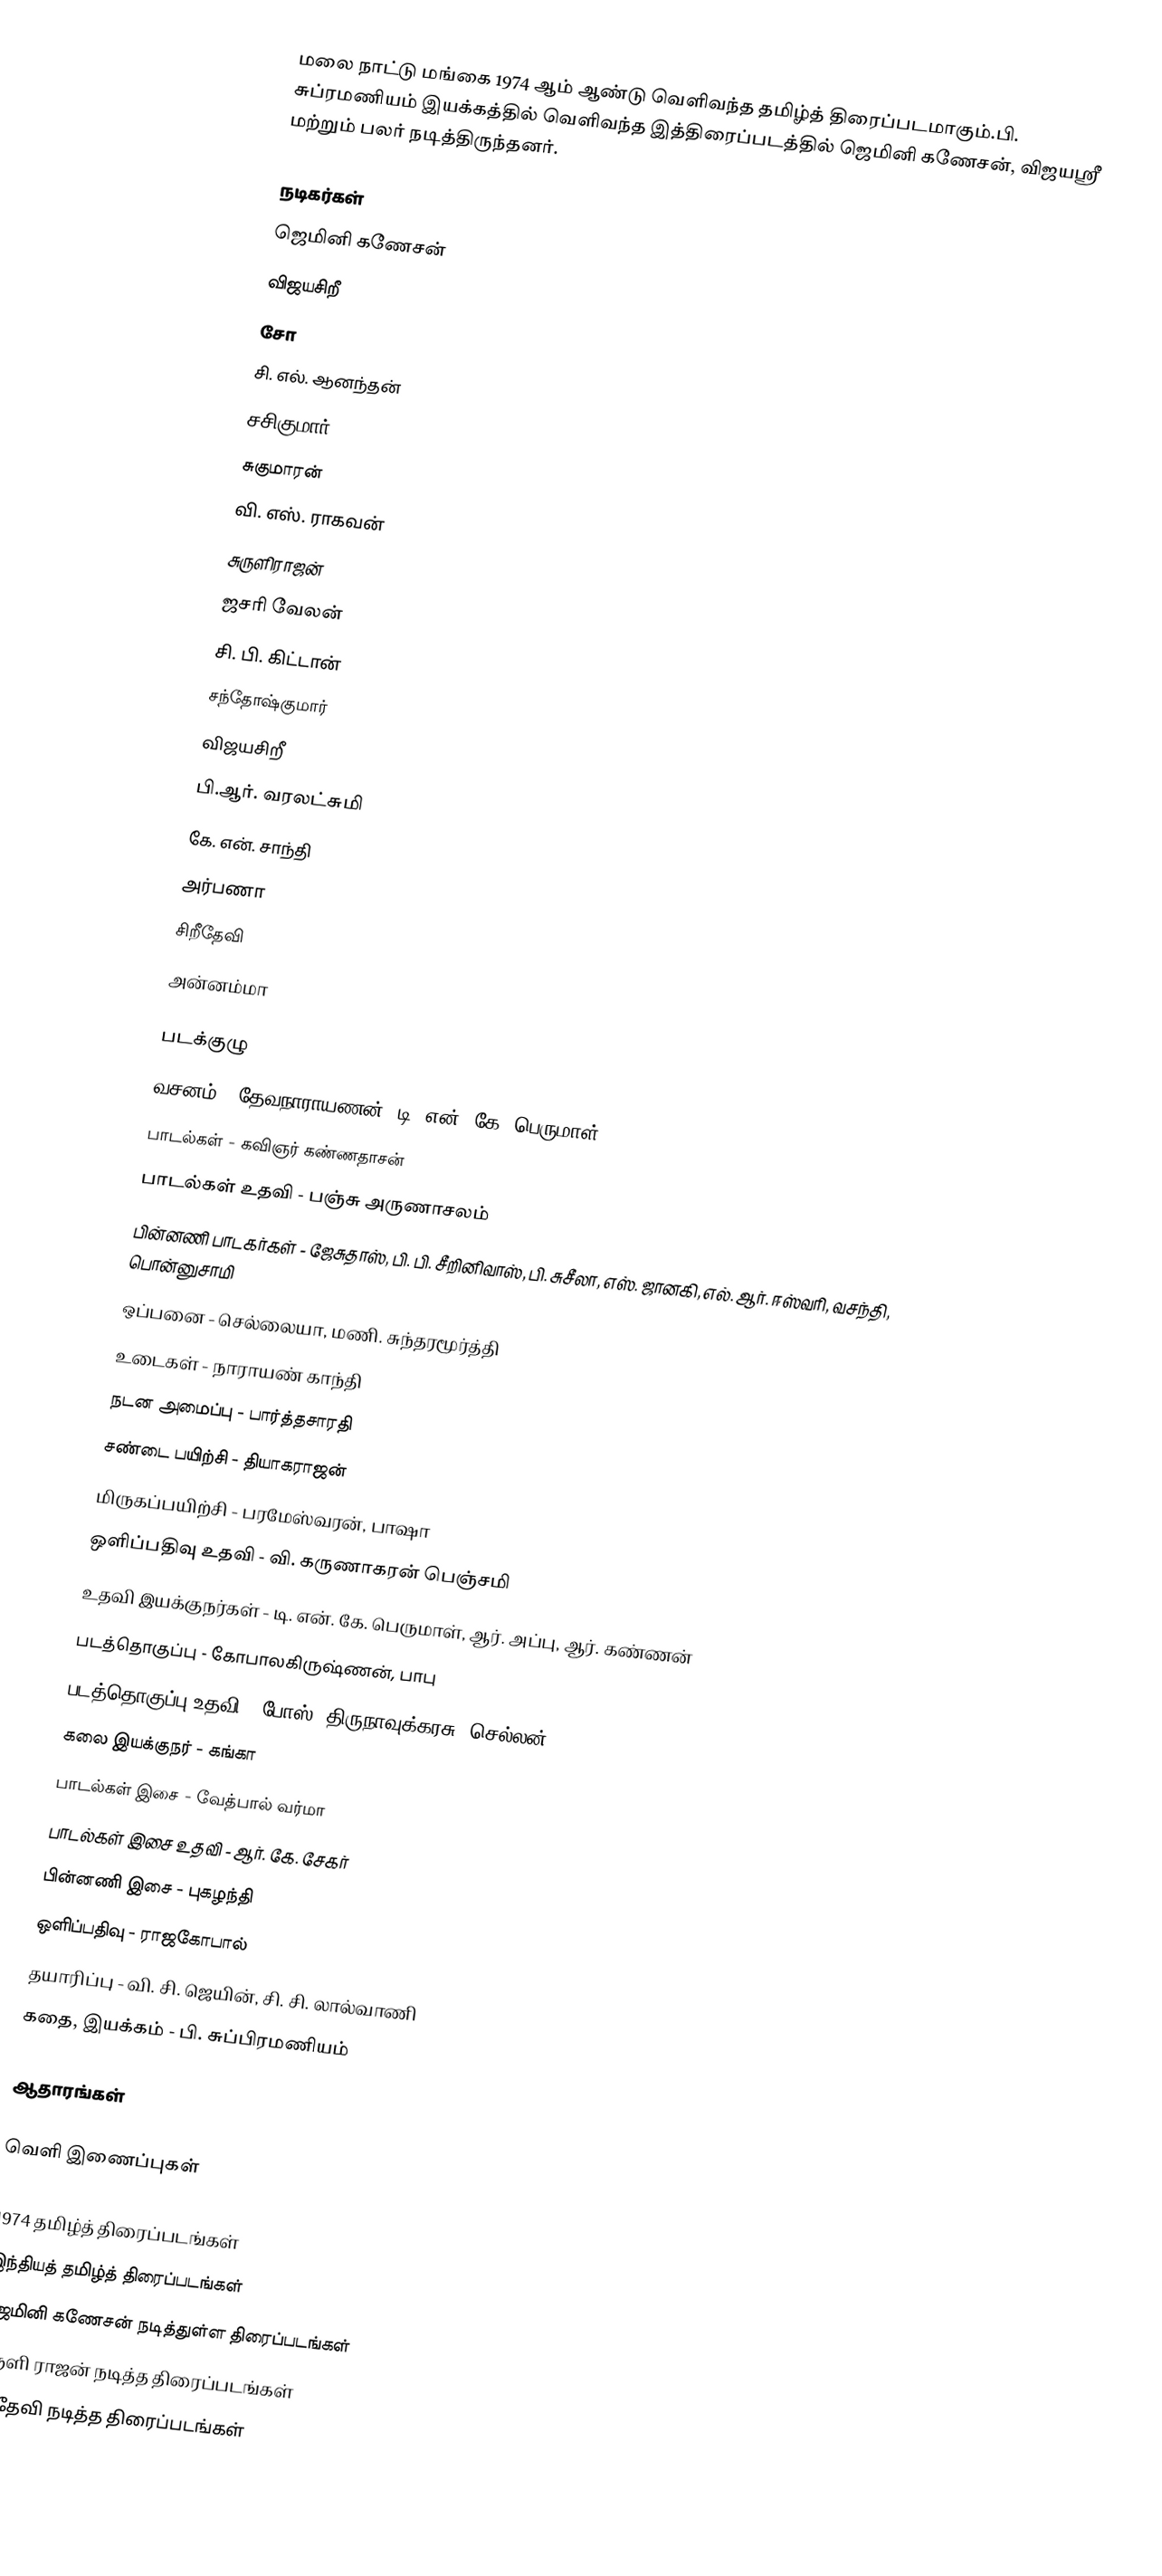
மலை நாட்டு மங்கை 1974 ஆம் ஆண்டு வெளிவந்த தமிழ்த் திரைப்படமாகும்.பி. சுப்ரமணியம் இயக்கத்தில் வெளிவந்த இத்திரைப்படத்தில் ஜெமினி கணேசன், விஜயஸ்ரீ மற்றும் பலர் நடித்திருந்தனர்.

நடிகர்கள்
 ஜெமினி கணேசன்
 விஜயசிறீ
 சோ
 சி. எல். ஆனந்தன்
 சசிகுமார்
 சுகுமாரன்
 வி. எஸ். ராகவன்
 சுருளிராஜன்
 ஜசரி வேலன்
 சி. பி. கிட்டான்
 சந்தோஷ்குமார்
 விஜயசிறீ
 பி.ஆர். வரலட்சுமி
 கே. என். சாந்தி
 அர்பணா
 சிறீதேவி
 அன்னம்மா

படக்குழு
 வசனம் - தேவநாராயணன், டி. என். கே. பெருமாள்
 பாடல்கள் - கவிஞர் கண்ணதாசன்
 பாடல்கள் உதவி - பஞ்சு அருணாசலம்
 பின்னணி பாடகர்கள் - ஜேசுதாஸ், பி. பி. சீறினிவாஸ், பி. சுசீலா, எஸ். ஜானகி, எல். ஆர். ஈஸ்வரி, வசந்தி, பொன்னுசாமி
 ஒப்பனை - செல்லையா, மணி. சுந்தரமூர்த்தி
 உடைகள் - நாராயண் காந்தி
 நடன அமைப்பு - பார்த்தசாரதி
 சண்டை பயிற்சி - தியாகராஜன்
 மிருகப்பயிற்சி - பரமேஸ்வரன், பாஷா
 ஒளிப்பதிவு உதவி - வி. கருணாகரன் பெஞ்சமி
 உதவி இயக்குநர்கள் - டி. என். கே. பெருமாள், ஆர். அப்பு, ஆர். கண்ணன்
 படத்தொகுப்பு - கோபாலகிருஷ்ணன், பாபு
 படத்தொகுப்பு உதவி - போஸ், திருநாவுக்கரசு, செல்லன்
 கலை இயக்குநர் - கங்கா
 பாடல்கள் இசை - வேத்பால் வர்மா
 பாடல்கள் இசை உதவி - ஆர். கே. சேகர்
 பின்னணி இசை - புகழந்தி
 ஒளிப்பதிவு - ராஜகோபால்
 தயாரிப்பு - வி. சி. ஜெயின், சி. சி. லால்வாணி
 கதை, இயக்கம் - பி. சுப்பிரமணியம்

ஆதாரங்கள்

வெளி இணைப்புகள்

1974 தமிழ்த் திரைப்படங்கள்
இந்தியத் தமிழ்த் திரைப்படங்கள்
ஜெமினி கணேசன் நடித்துள்ள திரைப்படங்கள்
சுருளி ராஜன் நடித்த திரைப்படங்கள்
ஸ்ரீதேவி நடித்த திரைப்படங்கள்